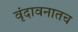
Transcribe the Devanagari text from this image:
वृंदावनातच